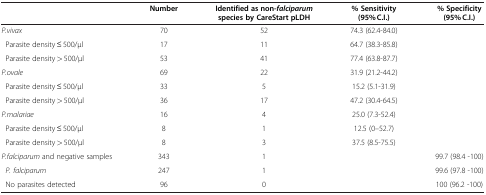
|  | Number | Identified as non-falciparum species by CareStart pLDH | % Sensitivity (95% C.I.) | % Specificity (95% C.I.) |  |
 | --- | --- | --- | --- | --- | --- |
 | P.vivax | 70 | 52 | 74.3 (62.4-84.0) |  |  |
 | Parasite density ≤ 500/μl | 17 | 11 | 64.7 (38.3-85.8) |  |  |
 | Parasite density > 500/μl | 53 | 41 | 77.4 (63.8-87.7) |  |  |
 | P.ovale | 69 | 22 | 31.9 (21.2-44.2) |  |  |
 | Parasite density ≤ 500/μl | 33 | 5 | 15.2 (5.1-31.9) |  |  |
 | Parasite density > 500/μl | 36 | 17 | 47.2 (30.4-64.5) |  |  |
 | P.malariae | 16 | 4 | 25.0 (7.3-52.4) |  |  |
 | Parasite density ≤ 500/μl | 8 | 1 | 12.5 (0–52.7) |  |  |
 | Parasite density > 500/μl | 8 | 3 | 37.5 (8.5-75.5) |  |  |
 | P.falciparum and negative samples | 343 | 1 |  | 99.7 (98.4 -100) |  |
 | P. falciparum | 247 | 1 |  | 99.6 (97.8 -100) |  |
 | No parasites detected | 96 | 0 |  | 100 (96.2 -100) |  |